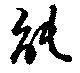
能